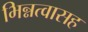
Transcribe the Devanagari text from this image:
भिन्नत्वासह